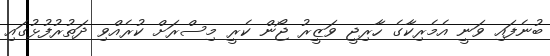
ބުނެފައި ވަނީ އެމެރިކާގެ ހާރިޖީ ވަޒީރު ޖޯން ކެރީ މިސްރަށް ކުރެއްވި ދަތުރުފުޅުގައި